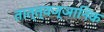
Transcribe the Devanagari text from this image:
तात्त्वज्ञानिक